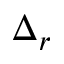
\Delta _ { r }